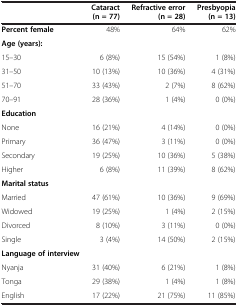
<table><thead><tr><td><b> </b></td><td><b>Cataract (n = 77)</b></td><td><b>Refractive error (n = 28)</b></td><td><b>Presbyopia (n = 13)</b></td></tr></thead><tbody><tr><td><b>Percent female</b></td><td>48%</td><td>64%</td><td>62%</td></tr><tr><td><b>Age (years):</b></td><td> </td><td> </td><td> </td></tr><tr><td>15–30</td><td>6 (8%)</td><td>15 (54%)</td><td>1 (8%)</td></tr><tr><td>31–50</td><td>10 (13%)</td><td>10 (36%)</td><td>4 (31%)</td></tr><tr><td>51–70</td><td>33 (43%)</td><td>2 (7%)</td><td>8 (62%)</td></tr><tr><td>70–91</td><td>28 (36%)</td><td>1 (4%)</td><td>0 (0%)</td></tr><tr><td><b>Education</b></td><td> </td><td> </td><td> </td></tr><tr><td>None</td><td>16 (21%)</td><td>4 (14%)</td><td>0 (0%)</td></tr><tr><td>Primary</td><td>36 (47%)</td><td>3 (11%)</td><td>0 (0%)</td></tr><tr><td>Secondary</td><td>19 (25%)</td><td>10 (36%)</td><td>5 (38%)</td></tr><tr><td>Higher</td><td>6 (8%)</td><td>11 (39%)</td><td>8 (62%)</td></tr><tr><td><b>Marital status</b></td><td> </td><td> </td><td> </td></tr><tr><td>Married</td><td>47 (61%)</td><td>10 (36%)</td><td>9 (69%)</td></tr><tr><td>Widowed</td><td>19 (25%)</td><td>1 (4%)</td><td>2 (15%)</td></tr><tr><td>Divorced</td><td>8 (10%)</td><td>3 (11%)</td><td>0 (0%)</td></tr><tr><td>Single</td><td>3 (4%)</td><td>14 (50%)</td><td>2 (15%)</td></tr><tr><td><b>Language of interview</b></td><td> </td><td> </td><td> </td></tr><tr><td>Nyanja</td><td>31 (40%)</td><td>6 (21%)</td><td>1 (8%)</td></tr><tr><td>Tonga</td><td>29 (38%)</td><td>1 (4%)</td><td>1 (8%)</td></tr><tr><td>English</td><td>17 (22%)</td><td>21 (75%)</td><td>11 (85%)</td></tr></tbody></table>